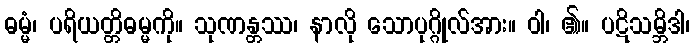
ဓမ္မံ၊ ပရိယတ္တိဓမ္မကို။ သုဏန္တဿ၊ နာလို သောပုဂ္ဂိုလ်အား။ ဝါ၊ ၏။ ပဋိသမ္ဘိဒါ၊